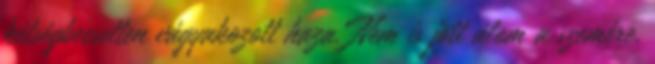
kétségbeesetten vágyakozott haza. Nem is jött álom a szemére.